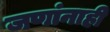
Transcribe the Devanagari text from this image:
जणांनाही